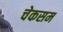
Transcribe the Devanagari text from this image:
चेकसम